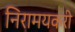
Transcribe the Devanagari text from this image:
निरामयकरी